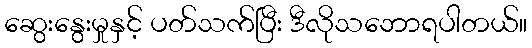
ဆွေးနွေးမှုနှင့် ပတ်သက်ပြီး ဒီလိုသဘောရပါတယ်။